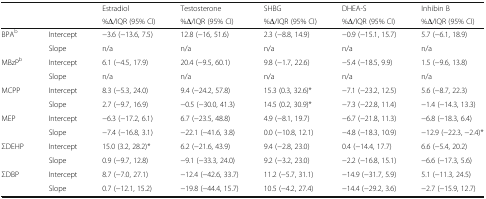
<table><thead><tr><td rowspan="2" colspan="2"></td><td><b>Estradiol</b></td><td><b>Testosterone</b></td><td><b>SHBG</b></td><td><b>DHEA-S</b></td><td><b>Inhibin B</b></td></tr><tr><td><b>%Δ/IQR (95% CI)</b></td><td><b>%Δ/IQR (95% CI)</b></td><td><b>%Δ/IQR (95% CI)</b></td><td><b>%Δ/IQR (95% CI)</b></td><td><b>%Δ/IQR (95% CI)</b></td></tr></thead><tbody><tr><td rowspan="2">BPA<sup>b</sup></td><td>Intercept</td><td>−3.6 (−13.6, 7.5)</td><td>12.8 (−16, 51.6)</td><td>2.3 (−8.8, 14.9)</td><td>−0.9 (−15.1, 15.7)</td><td>5.7 (−6.1, 18.9)</td></tr><tr><td>Slope</td><td>n/a</td><td>n/a</td><td>n/a</td><td>n/a</td><td>n/a</td></tr><tr><td rowspan="2">MBzP<sup>b</sup></td><td>Intercept</td><td>6.1 (−4.5, 17.9)</td><td>20.4 (−9.5, 60.1)</td><td>9.8 (−1.7, 22.6)</td><td>−5.4 (−18.5, 9.9)</td><td>1.5 (−9.6, 13.8)</td></tr><tr><td>Slope</td><td>n/a</td><td>n/a</td><td>n/a</td><td>n/a</td><td>n/a</td></tr><tr><td rowspan="2">MCPP</td><td>Intercept</td><td>8.3 (−5.3, 24.0)</td><td>9.4 (−24.2, 57.8)</td><td>15.3 (0.3, 32.6)*</td><td>−7.1 (−23.2, 12.5)</td><td>5.6 (−8.7, 22.3)</td></tr><tr><td>Slope</td><td>2.7 (−9.7, 16.9)</td><td>−0.5 (−30.0, 41.3)</td><td>14.5 (0.2, 30.9)*</td><td>−7.3 (−22.8, 11.4)</td><td>−1.4 (−14.3, 13.3)</td></tr><tr><td rowspan="2">MEP</td><td>Intercept</td><td>−6.3 (−17.2, 6.1)</td><td>6.7 (−23.5, 48.8)</td><td>4.9 (−8.1, 19.7)</td><td>−6.7 (−21.8, 11.3)</td><td>−6.8 (−18.3, 6.4)</td></tr><tr><td>Slope</td><td>−7.4 (−16.8, 3.1)</td><td>−22.1 (−41.6, 3.8)</td><td>0.0 (−10.8, 12.1)</td><td>−4.8 (−18.3, 10.9)</td><td>−12.9 (−22.3, −2.4)*</td></tr><tr><td rowspan="2">ΣDEHP</td><td>Intercept</td><td>15.0 (3.2, 28.2)*</td><td>6.2 (−21.6, 43.9)</td><td>9.4 (−2.8, 23.0)</td><td>0.4 (−14.4, 17.7)</td><td>6.6 (−5.4, 20.2)</td></tr><tr><td>Slope</td><td>0.9 (−9.7, 12.8)</td><td>−9.1 (−33.3, 24.0)</td><td>9.2 (−3.2, 23.0)</td><td>−2.2 (−16.8, 15.1)</td><td>−6.6 (−17.3, 5.6)</td></tr><tr><td rowspan="2">ΣDBP</td><td>Intercept</td><td>8.7 (−7.0, 27.1)</td><td>−12.4 (−42.6, 33.7)</td><td>11.2 (−5.7, 31.1)</td><td>−14.9 (−31.7, 5.9)</td><td>5.1 (−11.3, 24.5)</td></tr><tr><td>Slope</td><td>0.7 (−12.1, 15.2)</td><td>−19.8 (−44.4, 15.7)</td><td>10.5 (−4.2, 27.4)</td><td>−14.4 (−29.2, 3.6)</td><td>−2.7 (−15.9, 12.7)</td></tr></tbody></table>